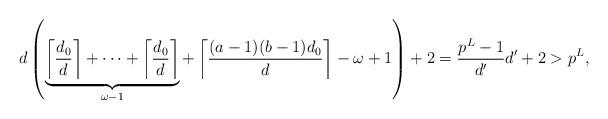
LaTeX: \begin{align*}d\left(\underbrace{\left\lceil\frac{d_0}{d}\right\rceil + \cdots + \left\lceil\frac{d_0}{d}\right\rceil}_{\omega-1} + \left\lceil\frac{(a-1)(b-1)d_0}{d}\right\rceil - \omega + 1 \right) + 2= \frac{p^L-1}{d'}d' + 2 > p^L,\end{align*}